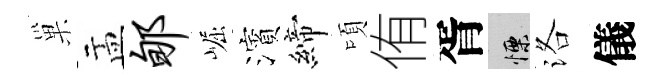
巢盂郇崛濱締頃侑胥慄洛儀